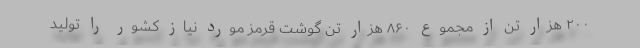
۲۰۰ هزار تن از مجموع ۸۶۰ هزار تن گوشت قرمز مورد نیاز کشور را تولید